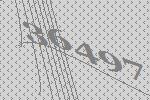
36497